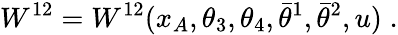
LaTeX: W^{12}=W^{12}(x_{A},\theta_{3},\theta_{4},\bar{\theta}^{1},\bar{\theta}^{2},u)\; .